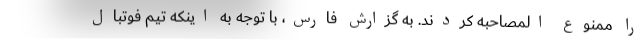
را ممنوع المصاحبه کردند. به گزارش فارس، با توجه به اینکه تیم فوتبال